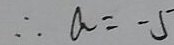
\therefore a = - 5